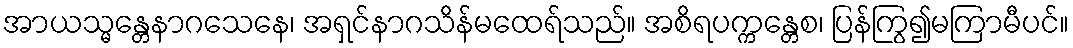
အာယသ္မန္တေနာဂသေနေ၊ အရှင်နာဂသိန်မထေရ်သည်။ အစိရပက္ကန္တေစ၊ ပြန်ကြွ၍မကြာမီပင်။